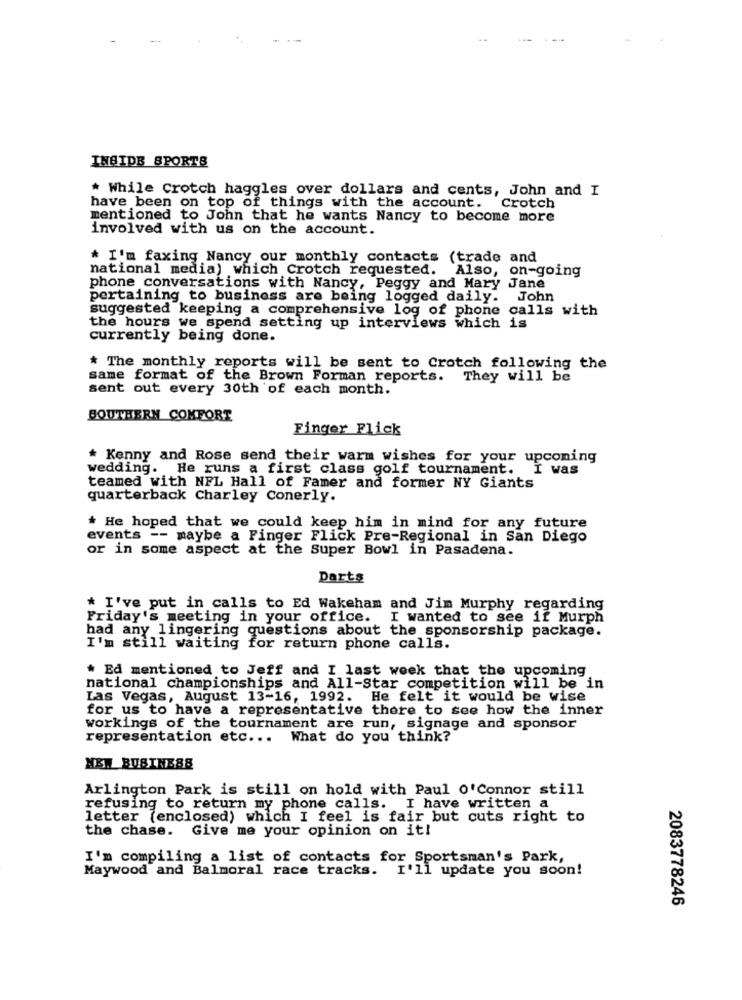
INSIDE SPORTS
* While Crotch haggles over dollars and cents, John and I
have been on top of things with the account. Crotch
mentioned to John that he wants Nancy to become more
involved with us on the account.
* I'm faxing Nancy our monthly contacts (trade and
national media) which Crotch requested. Also, on-going
phone conversations with Nancy, Peggy and Mary Jane
pertaining to business are being logged daily. John
suggested keeping a comprehensive log of phone calls with
the hours we spend setting up interviews which is
currently being done.
* The monthly reports will be sent to Crotch following the
same format of the Brown Forman reports. They will be
sent out every 30th of each month.
SOUTHERN COMFORT
Finger Flick
* Kenny and Rose send their warm wishes for your upcoming
wedding. He runs a first class golf tournament. I was
teamed with NFL Hall of Famer and former NY Giants
quarterback Charley Conerly.
* He hoped that we could keep him in mind for any future
events -- maybe a Finger Flick Pre-Regional in San Diego
or in some aspect at the Super Bowl in Pasadena.
Darts
* I've put in calls to Ed Wakeham and Jim Murphy regarding
Friday's meeting in your office. I wanted to see if Murph
had any lingering questions about the sponsorship package.
I'm still waiting for return phone calls.
* Ed mentioned to Jeff and I last week that the upcoming
national championships and All-Star competition will be in
Las Vegas, August 13-16, 1992. He felt it would be wise
for us to have a representative there to see how the inner
workings of the tournament are run, signage and sponsor
representation etc ... What do you think?
NEW BUSINESS
Arlington Park is still on hold with Paul o'Connor still
refusing to return my phone calls. I have written a
letter (enclosed) which I feel is fair but cuts right to
the chase.
Give me your opinion on it!
I'm compiling a list of contacts for Sportsman's Park,
Maywood and Balmoral race tracks. I'll update you soon!
2083778246